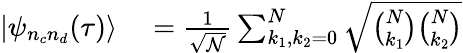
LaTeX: \begin{array}{rl}{|{\psi}_{n_{c}n_{d}}(\tau)\rangle}&{{}=\frac{1}{\sqrt{\cal N}}\sum_{k_{1},k_{2}=0}^{N}\sqrt{{\binom{N}{k_{1}}}{\binom{N}{k_{2}}}}}\end{array}